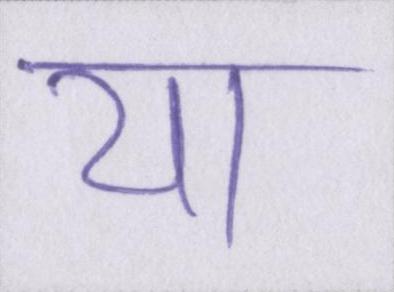
या